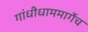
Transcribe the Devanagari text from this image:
गांधीधाममार्गेच